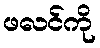
ဖလင်ကို